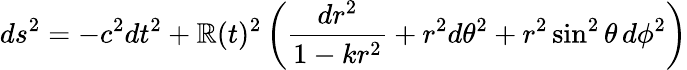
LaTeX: ds^{2}=-c^{2}dt^{2}+\mathbb{R}(t)^{2}\left({\frac{{dr^{2}}}{{1-kr^{2}}}}+r^{2}d\theta^{2}+r^{2}\sin^{2}\theta\, d\phi^{2}\right)